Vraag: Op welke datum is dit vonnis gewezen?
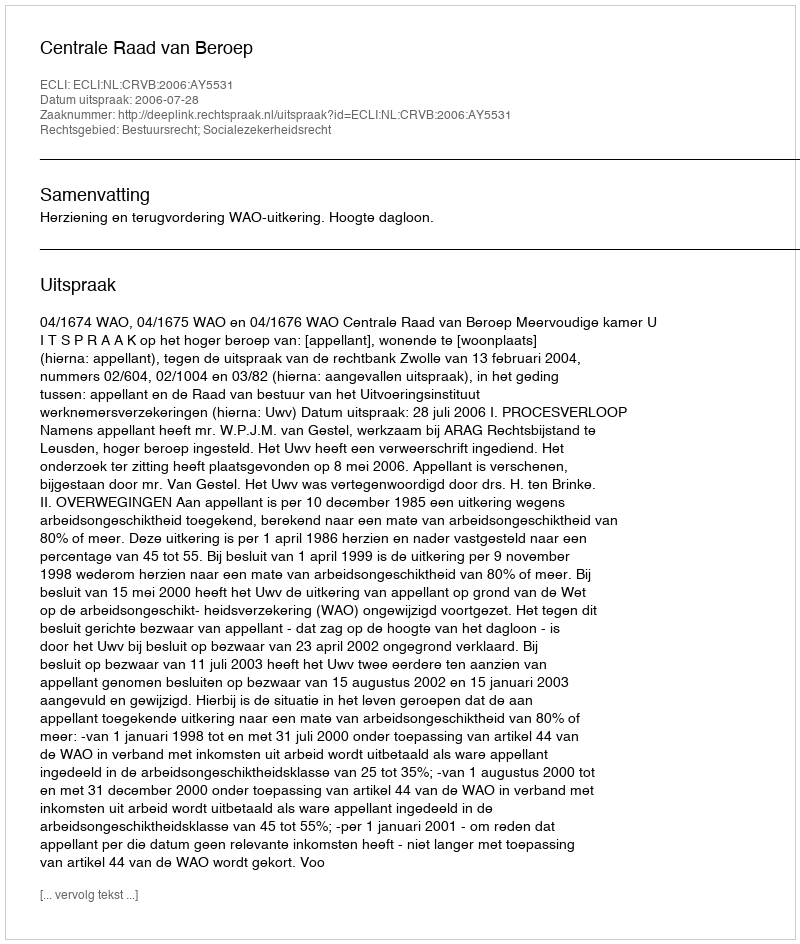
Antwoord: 2006-07-28